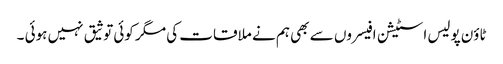
ٹاؤن پولیس اسٹیشن افیسروں سے بھی ہم نے ملاقات کی مگر کوئی توثیق نہیں ہوئی ۔